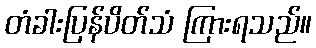
တံခါးပြန်ပိတ်သံ ကြားရသည်။